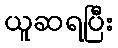
ယူဆရပြီး